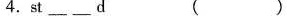
4.st______d( )